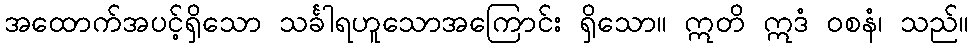
အထောက်အပင့်ရှိသော သင်္ခါရဟူသောအကြောင်း ရှိသော။ ဣတိ ဣဒံ ဝစနံ၊ သည်။